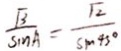
\frac { \sqrt { 3 } } { \sin A } = \frac { \sqrt { 2 } } { \sin 4 5 ^ { \circ } }